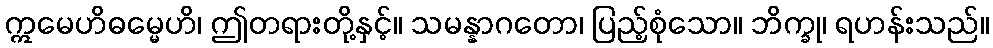
ဣမေဟိဓမ္မေဟိ၊ ဤတရားတို့နှင့်။ သမန္နာဂတော၊ ပြည့်စုံသော။ ဘိက္ခု၊ ရဟန်းသည်။